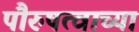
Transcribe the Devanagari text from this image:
पौरुषत्वाच्या